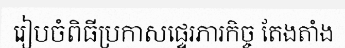
រៀបចំពិធីប្រកាសផ្ទេរភារកិច្ច តែងតាំង